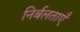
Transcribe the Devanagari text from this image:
निर्बलताएँ